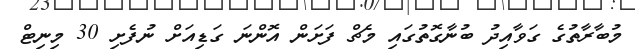
މުބާރާތުގެ ގަވާއިދު ބުނާގޮތުގައި މެޗް ފަށަން އޮންނަ ގަޑިއަށް ނުފެށި 30 މިނިޓް